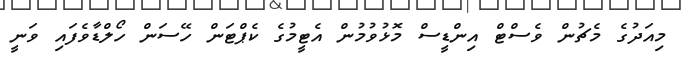
މިއަދުގެ މެޗުން ވެސްޓް އިންޑީސް މޮޅުވުމުން އެޓީމުގެ ކެޕްޓަން ހޭސަން ހޯލްޑާވެފައި ވަނީ